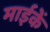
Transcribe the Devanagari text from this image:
माईकें